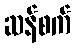
ဆန်စက်